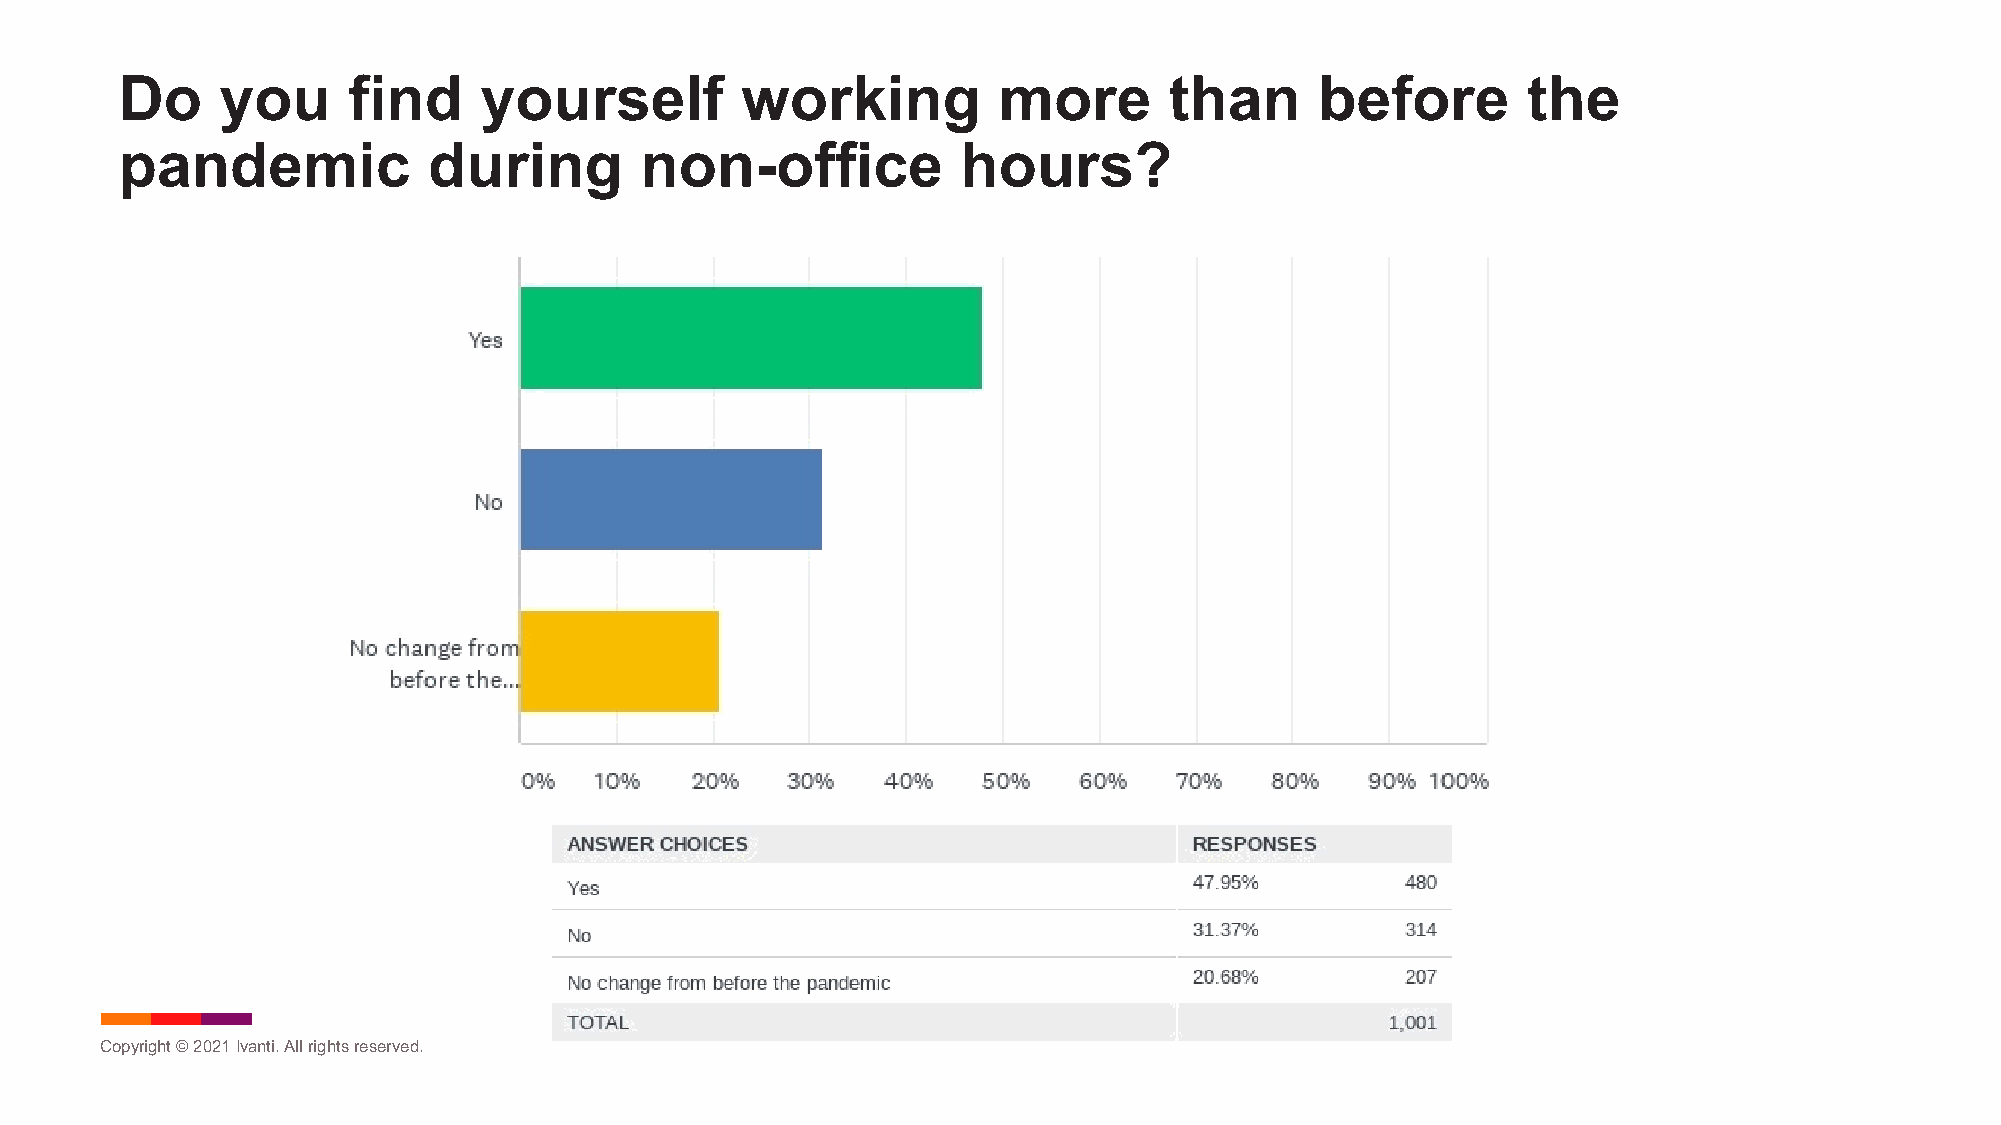
Do     you     find     yourself         working          more       than      before        the
 pandemic            during        non-office            hours?
 Copyright © 2021Ivanti. All rights reserved.